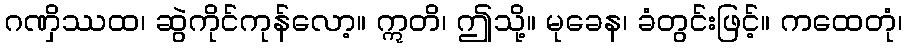
ဂဏှိဿထ၊ ဆွဲကိုင်ကုန်လော့။ ဣတိ၊ ဤသို့။ မုခေန၊ ခံတွင်းဖြင့်။ ကထေတုံ၊